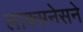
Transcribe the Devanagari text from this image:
लाक्सनेसने